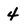
Character: 4